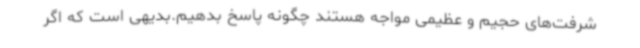
شرفت‌های حجیم و عظیمی مواجه هستند چگونه پاسخ بدهیم.بدیهی است که اگر